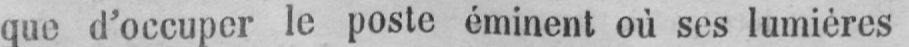
que d’occuper le poste éminent où ses lumières